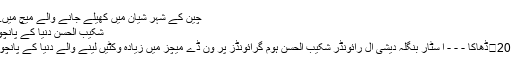
چین کے شہر شیان میں کھیلے جانے والے میچ میں...	مزید پڑھئے
شکیب الحسن دنیا کے پانچویں بولر بن گئے
08 اکتوبر ، 2016	ڈھاکا - - - ا سٹار بنگلہ دیشی آل رائونڈر شکیب الحسن ہوم گرائونڈز پر ون ڈے میچز میں زیادہ وکٹیں لینے والے دنیا کے پانچویں بولر بن گئے۔